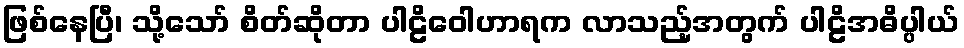
ဖြစ်နေပြီ၊ သို့သော် စိတ်ဆိုတာ ပါဠိဝေါဟာရက လာသည့်အတွက် ပါဠိအဓိပ္ပါယ်